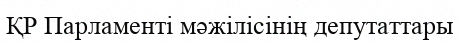
ҚР Парламенті мәжілісінің депутаттары